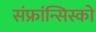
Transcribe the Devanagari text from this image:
संफ्रांन्सिस्को